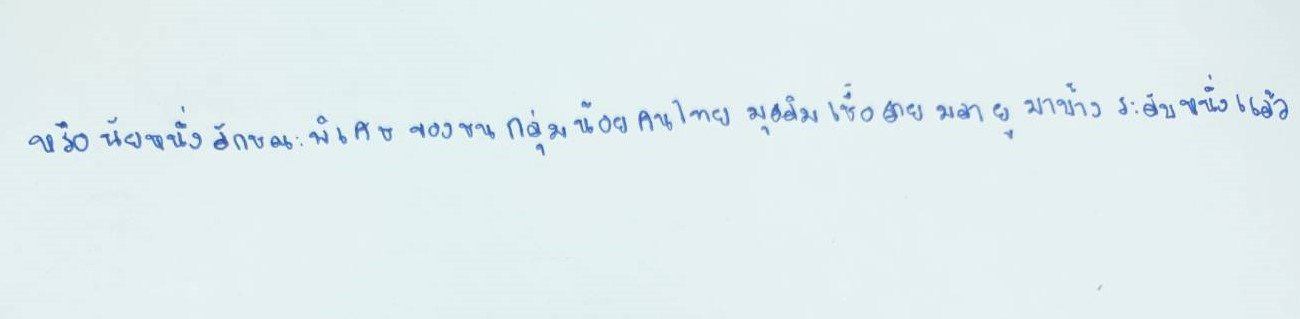
หรือนัยหนึ่งลักษณะพิเศษของชนกลุ่มน้อยคนไทยมุสลิมเชื้อสายมลายูมาบ้างระดับหนึ่งแล้ว